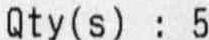
QTY(S) : 5